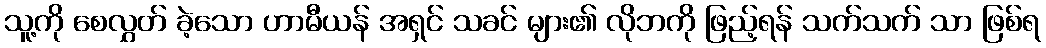
သူ့ကို စေလွှတ် ခဲ့သော ဟာမီယန် အရှင် သခင် များ၏ လိုဘကို ဖြည့်ရန် သက်သက် သာ ဖြစ်ရ